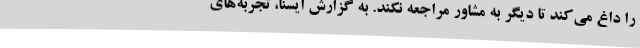
را داغ می‌کند تا دیگر به مشاور مراجعه نکند. به گزارش ایسنا، تجربه‌های